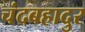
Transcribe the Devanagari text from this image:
चंदबहादुर